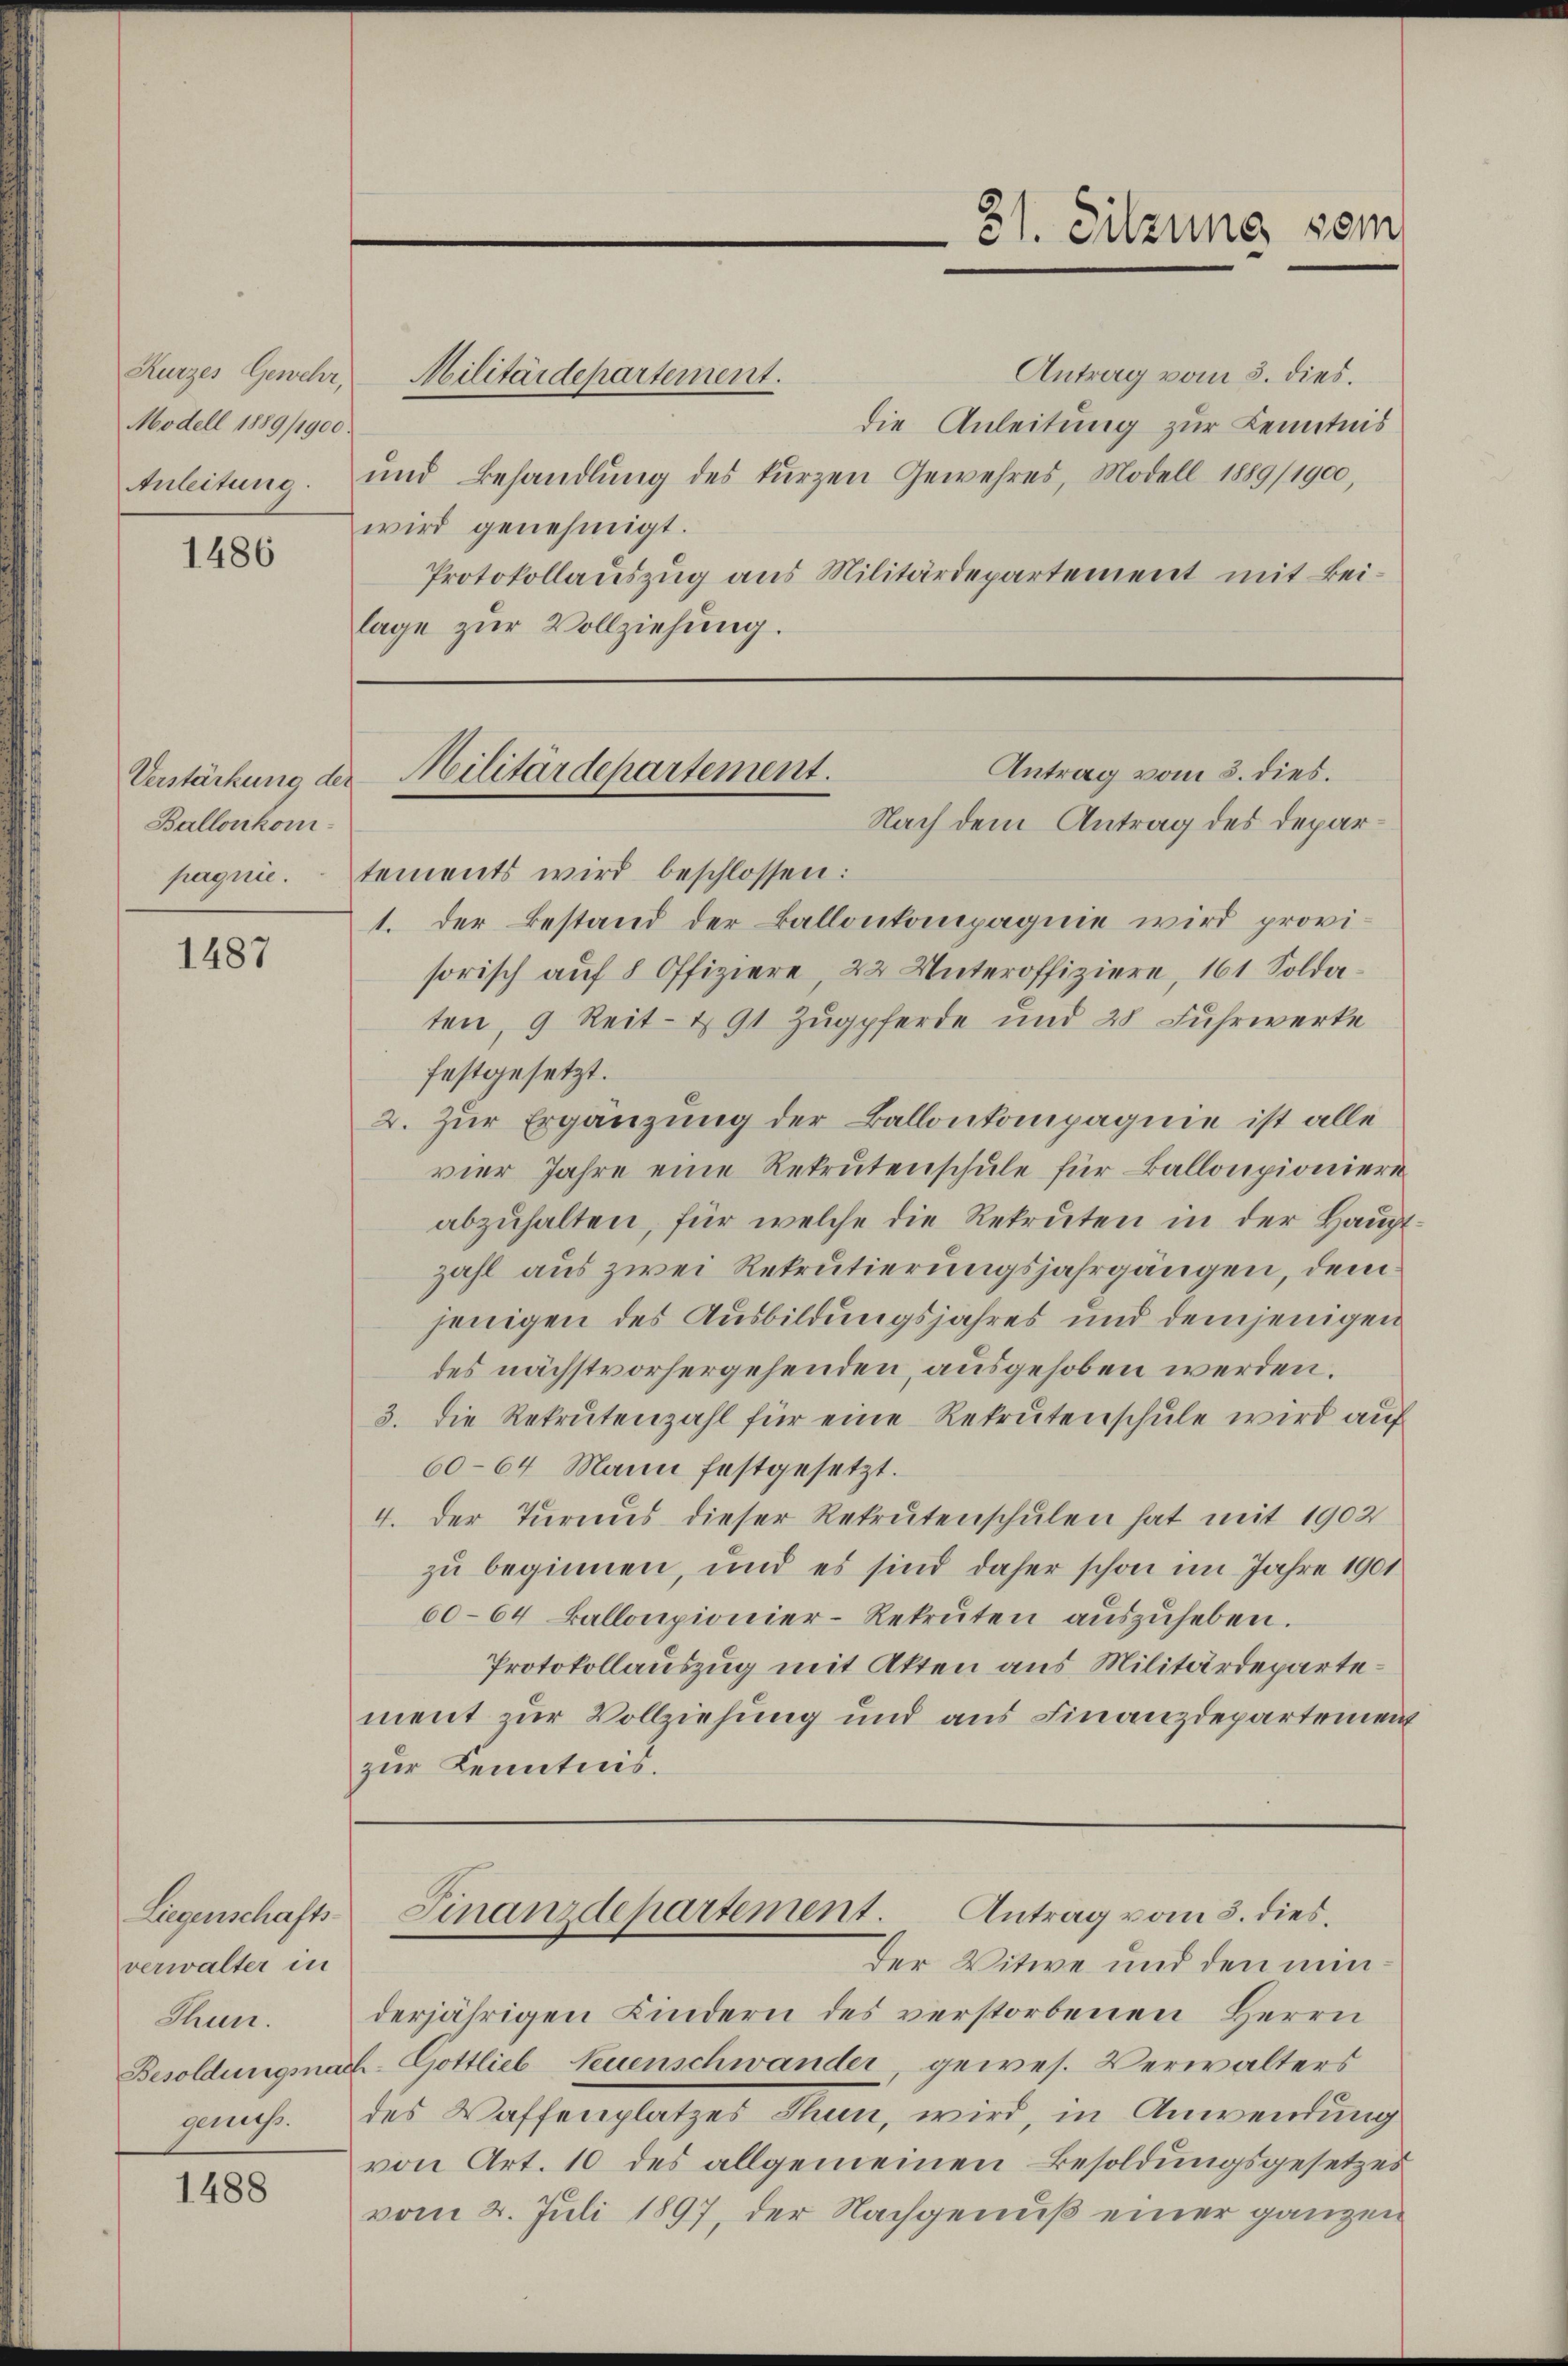
Kurzes Gewehr,
Modell 1889/1900
Anleitung.

1486

Verstärkung der
Ballonkom¬

1487

Liegenschafts-
verwalter in
Thun.

1488

Antrag vom 3. dies.
Militärdepartement.
die Anleitung zur Kenntnis
und Behandlung des kurzen Gewehres, Modell 1889/1900,
wird genehmigt.
Protokollauszug aus Militärdepartement mit Beilage zur Vollziehung.

31. Sitzung vom

pagnie tements wird beschlossen:
1. Der Bestand der Ballonkompagnie wird provisorisch auf 8 Offiziere, 22 Unteroffiziere, 161 Soldaten, 9 Reit- & 91 Zugpferde und 28 Fuhrwerke
festgesetzt.
2. Zur Ergänzung der Ballonkompagnie ist alle
vier Jahre eine Rekrutenschule für Ballonpioniere
abzŭhalten, für welche die Rekruten in der Hauptzahl aus zwei Rekrutierungsjahrgängen, dem
jenigen des Ausbildungsjahres und demjenigen
des nächstvorhergehenden, ausgehoben werden.
3. die Rekrutenzahl für eine Rekrutenschule wird auf
60-64 Mann festgesetzt.
4. Der Turnus dieser Rekrutenschulen hat mit 1902
zu beginnen, und es sind daher schon im Jahre 1901
60-64 Ballonpionier-Rekruten aŭszŭheben.
Protokollauszug mit Akten aus Militärdepartement zur Vollziehung und aus Finanzdepartement
zur Kenntnis.

Antrag vom 3. dies.
Militärdepartement.
Nach dem Antrag des Depar¬

Finanzdepartement. Antrag vom 3. dies
Der Witwe und den min¬

derjährigen Kindern des verstorbenen Herrn
Besoldungsnach-Gottlieb Neuenschwander, gewes. Verwalters
genus. des Waffenplatzes Thun, wird, in Anwendung
von Art. 10 des allgemeinen Besoldungsgesetzes
vom 2. Juli 1897, der Nachgenuß einer ganzen